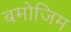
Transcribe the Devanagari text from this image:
बमोजिम